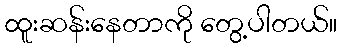
ထူးဆန်းနေတာကို တွေ့ပါတယ်။